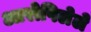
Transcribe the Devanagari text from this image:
आरोपिलेले